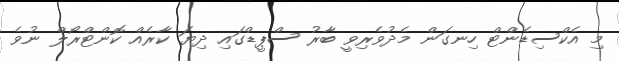
މި އެކްސިޑެންޓް ހިނގަން މެދުވެރިވީ ބާރު ސްޕީޑްގައި ދިޔަ ކާރެއް ކޮންޓްރޯލް ނުވެ